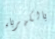
بالكهرباء